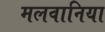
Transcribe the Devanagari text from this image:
मलवानिया